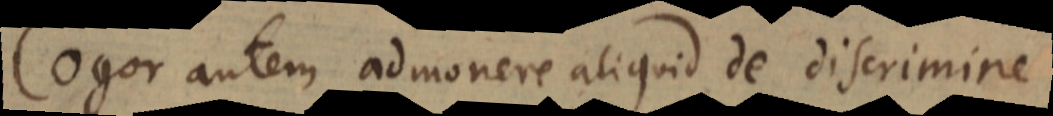
Cogor autem admonere aliquid de discrimine